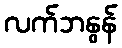
လက်ဘနွန်